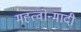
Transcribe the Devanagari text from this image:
मह्त्वोन्मादी